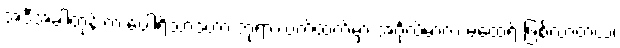
အဲဒီအခါတုန်းက ပေါရိသာဒဟာ ဘုရားလက်ထက်မှာ အင်္ဂုလိမာလ မထေရ် ဖြစ်လာတယ်၊